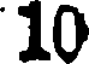
10